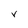
Character: V